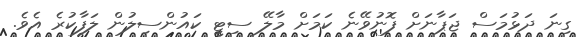
ގިނަ ދަޅުމަސް ޖަޕާނަށް ފޮނުވޭނެ ކަމަށް މާލޭ ސިޓީ ކައުންސިލުން ލަފާކުރެ އެވެ.